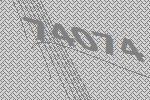
74074